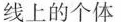
线上的个体